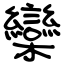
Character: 欒